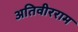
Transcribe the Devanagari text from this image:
अतिवीरराम